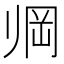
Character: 𱍱